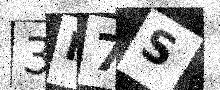
Text: 3N7S